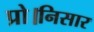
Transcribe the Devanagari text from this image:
प्रो।निसार